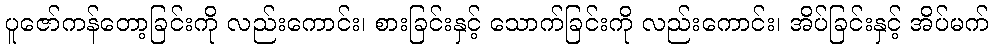
ပူဇော်ကန်တော့ခြင်းကို လည်းကောင်း၊ စားခြင်းနှင့် သောက်ခြင်းကို လည်းကောင်း၊ အိပ်ခြင်းနှင့် အိပ်မက်